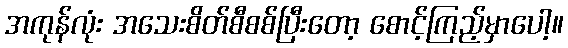
အကုန်လုံး အသေးစိတ်စီစစ်ပြီးတော့ စောင့်ကြည့်မှာပေါ့။